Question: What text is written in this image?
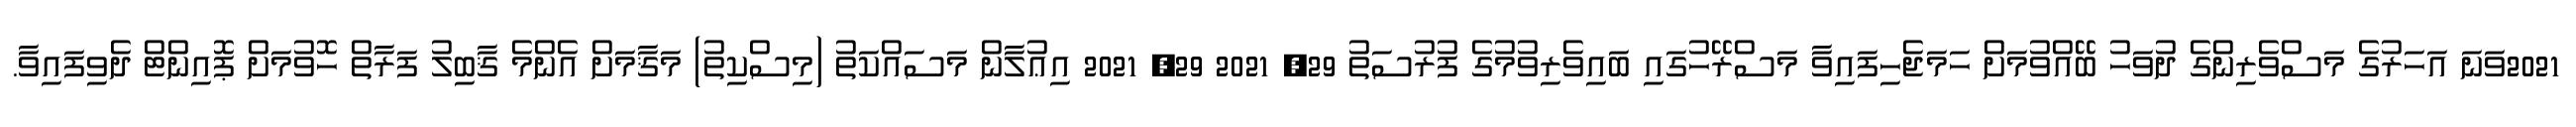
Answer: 2021ވަނަ އަހަރުގެ މަސްވެރިންގެ ދުވަހު ބޭއްވުމަށް ހަމަޖެހިފައިވާ މަސްރޭހުގައި ބައިވެރިވުމުގެ ފުރުސަތު 29, 2021 29, 2021 އިޢުލާން މަސައްކަތު (މިސްކިތު) މަޤާމަށް އެންމެ ޤާބިލު ފަރާތް ހޮވުމަށް ޕޮއިންޓް ދެވިފައިވާ.